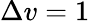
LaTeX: \Delta v=1